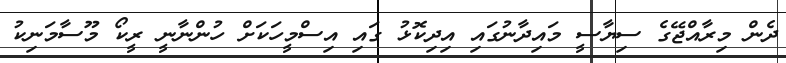
ދެން މިރާއްޖޭގެ ސިޔާސީ މައިދާނުގައި އިދިކޮޅު ގައި އިސްމީހަކަށް ހުންނާނީ ރީކޯ މޫސާމަނިކު